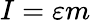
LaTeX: I=\varepsilon m